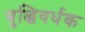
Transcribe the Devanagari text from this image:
बुद्धिवर्धक